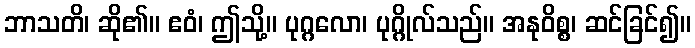
ဘာသတိ၊ ဆို၏။ ဧဝံ၊ ဤသို့။ ပုဂ္ဂလော၊ ပုဂ္ဂိုလ်သည်။ အနုဝိစ္စ၊ ဆင်ခြင်၍။